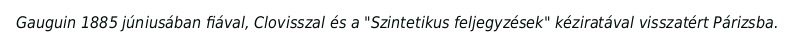
Gauguin 1885 júniusában fiával, Clovisszal és a "Szintetikus feljegyzések" kéziratával visszatért Párizsba.